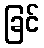
ခြင်